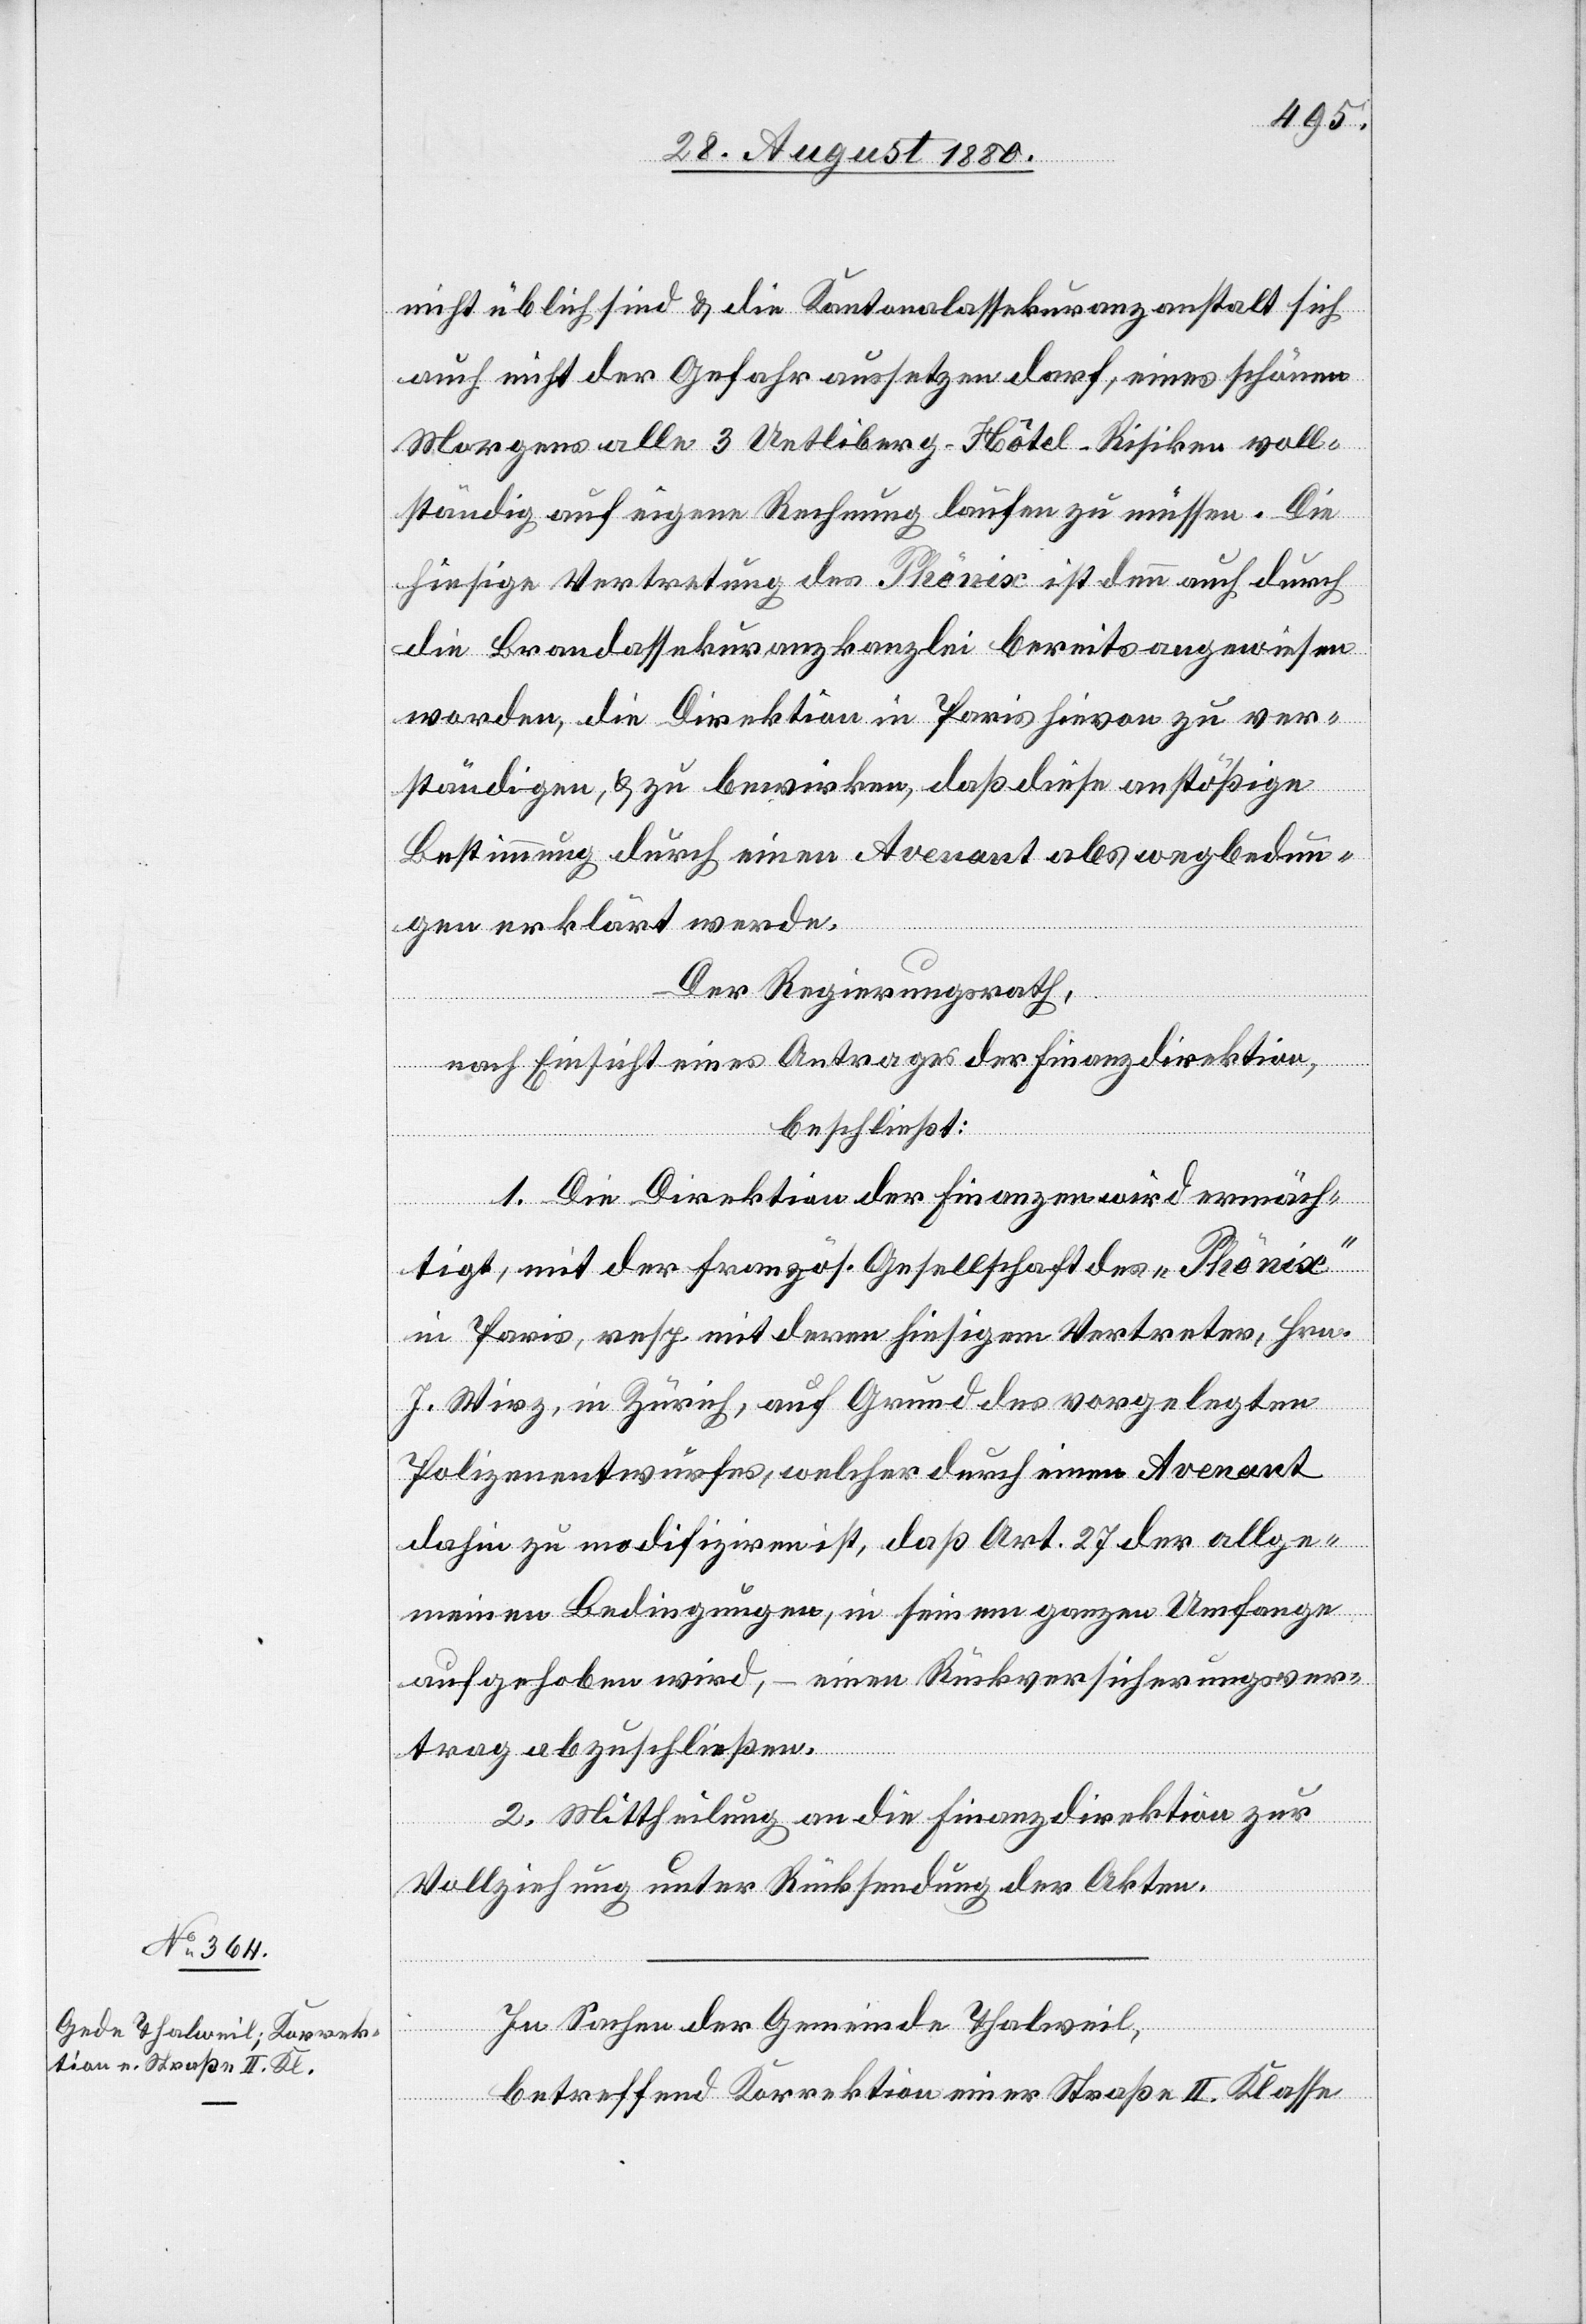
nicht üblich sind & die Kantonalassekuranzanstalt sich
auch nicht der Gefahr aussetzen darf, eines schönen
Morgens alle 3 Uetliberg-Hotel-Risiken voll¬
ständig auf eigene Rechnung laufen zu müssen. Die
hiesige Vertretung des Phönix ist denn auch durch
die Brandassekuranzkanzlei bereits angewiesen
worden, die Direktion in Paris hievon zu ver¬
ständigen, & zu bewirken, daß diese anstößige
Bestimmung durch einen Avenart als wegbedun¬
gen erklärt werde.
Der Regierungsrath,
nach Einsicht eines Antrages der Finanzdirektion,
beschließt:
1. Die Direktion der Finanzen wird ermäch¬
tigt, mit der französ. Gesellschaft des „Phönix“
in Paris resp. mit deren hiesigen Vertreter, Hrn.
J. Wirz, in Zürich, auf Grund des vorgelegten
Polizenentwurfes, welcher durch einen Avenart
dahin zu modifiziren ist, daß Art. 27 der allge¬
meinen Bedingungen, in seinem ganzen Umfange
aufgehoben wird, – einen Rückversicherungsver¬
trag abzuschließen.
2. Mittheilung an die Finanzdirektion zur
Vollziehung unter Rücksendung der Akten.
In Sachen Gemeinde Thalweil,
betreffend Korrektion einer Straße II. Klasse